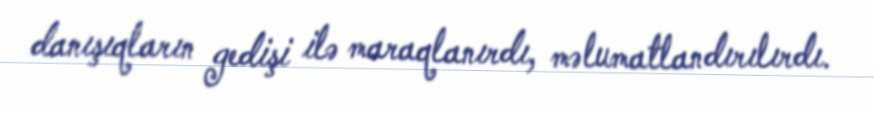
danışıqların gedişi ilə maraqlanırdı, məlumatlandırılırdı.